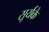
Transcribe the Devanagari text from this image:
सूर्यके